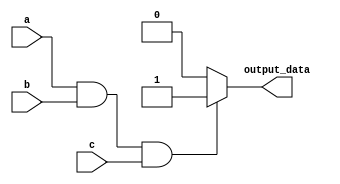
module if_else_example (
    input a,
    input b,
    input c,
    output reg output_data
);

always @(*) begin
    if (a && b && c) begin
        output_data = 1; // Code to be executed if all conditions are true
    end else begin
        output_data = 0; // Code to be executed if any condition is false
    end
end

endmodule